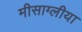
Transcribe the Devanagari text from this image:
मीसाग्लीया